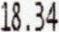
18.34